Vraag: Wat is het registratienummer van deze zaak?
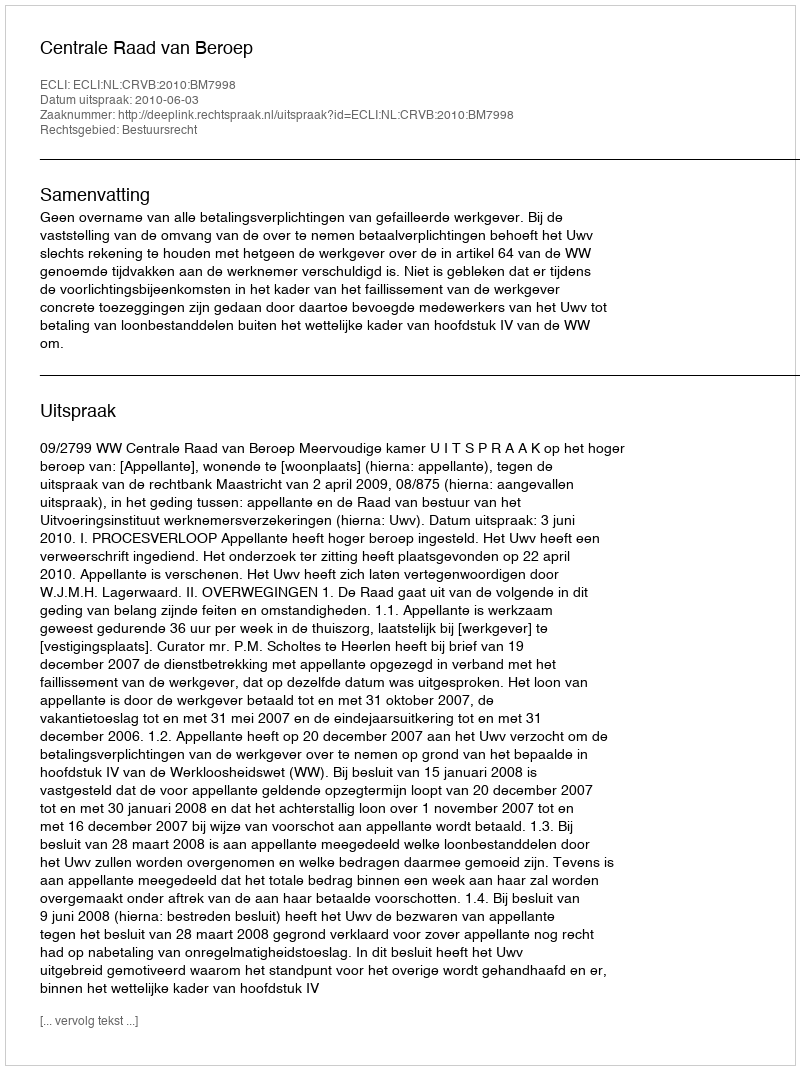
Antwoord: http://deeplink.rechtspraak.nl/uitspraak?id=ECLI:NL:CRVB:2010:BM7998